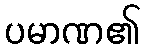
ပမာဏ၏